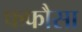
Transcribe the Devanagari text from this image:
फफौसा